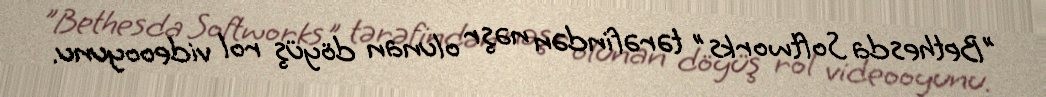
"Bethesda Softworks" tərəfindən nəşr olunan döyüş rol videooyunu.